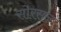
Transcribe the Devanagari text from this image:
सोरसन